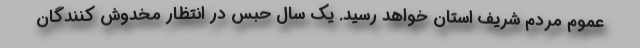
عموم مردم شریف استان خواهد رسید. یک سال حبس در انتظار مخدوش کنندگان